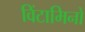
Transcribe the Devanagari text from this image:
विंटामिनों